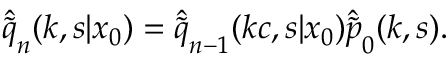
\hat { \tilde { q } } _ { n } ( k , s | x _ { 0 } ) = \hat { \tilde { q } } _ { n - 1 } ( k c , s | x _ { 0 } ) \hat { \tilde { p } } _ { 0 } ( k , s ) .